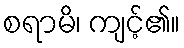
စရာမိ၊ ကျင့်၏။